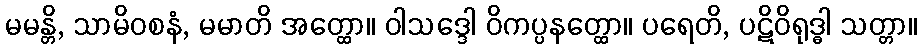
မမန္တိ, သာမိဝစနံ, မမာတိ အတ္ထော။ ဝါသဒ္ဒေါ ဝိကပ္ပနတ္ထော။ ပရေတိ, ပဋိဝိရုဒ္ဓါ သတ္တာ။